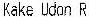
KAKE UDON R